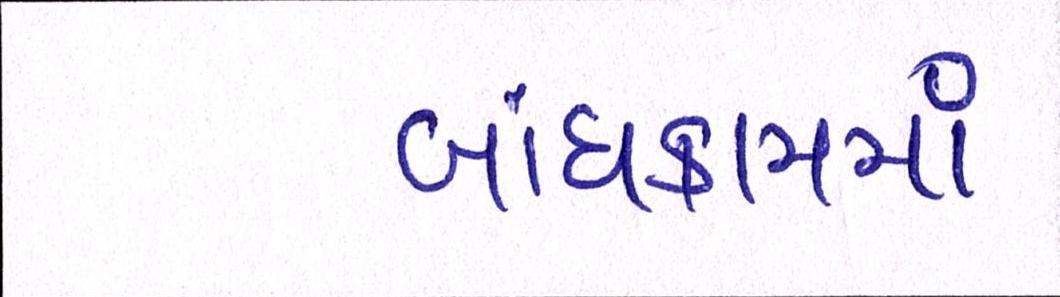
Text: બાંધકામમાં